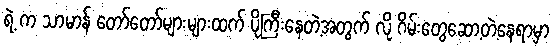
ရဲ့ က သာမာန် တော်တော်များများထက် ပိုကြီးနေတဲ့အတွက် လို ဂိမ်းတွေဆော့တဲ့နေရာမှာ